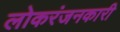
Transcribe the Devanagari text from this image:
लोकरंजनकारी